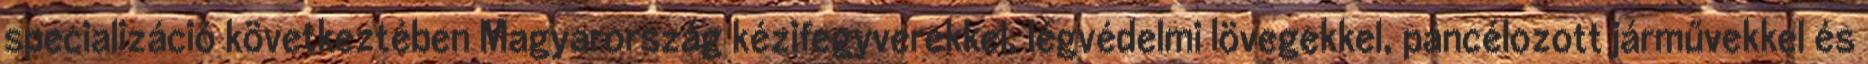
specializáció következtében Magyarország kézifegyverekkel, légvédelmi lövegekkel, páncélozott járművekkel és